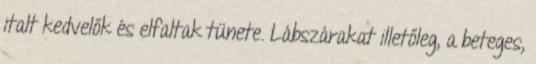
italt kedvelők és elfaltak tünete. Lábszárakat illetőleg, a beteges,